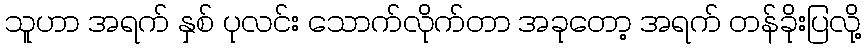
သူဟာ အရက် နှစ် ပုလင်း သောက်လိုက်တာ အခုတော့ အရက် တန်ခိုးပြလို့